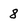
Character: 8